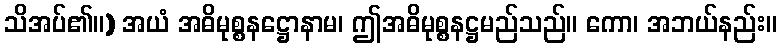
သိအပ်၏။) အယံ အဓိမုစ္စနဋ္ဌောနာမ၊ ဤအဓိမုစ္စနဋ္ဌမည်သည်။ ကော၊ အဘယ်နည်း။